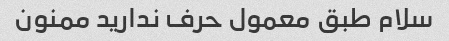
سلام طبق معمول حرف ندارید ممنون